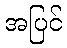
အပြင်